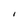
Character: I